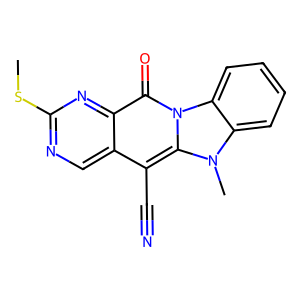
SMILES: CSc1ncc2c(C#N)c3n(C)c4ccccc4n3c(=O)c2n1
Inhibits HIV replication: No